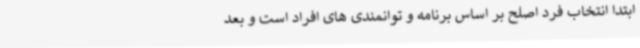
ابتدا انتخاب فرد اصلح بر اساس برنامه و توانمندی های افراد است و بعد